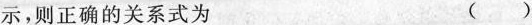
示, 则正确的关系式为()